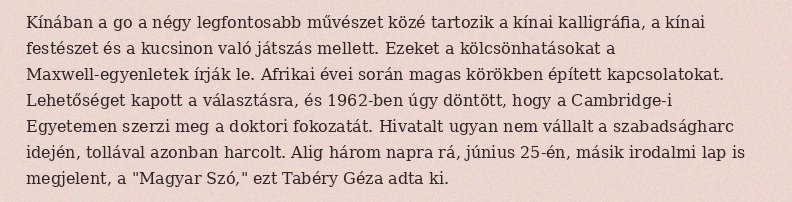
Kínában a go a négy legfontosabb művészet közé tartozik a kínai kalligráfia, a kínai festészet és a kucsinon való játszás mellett. Ezeket a kölcsönhatásokat a Maxwell-egyenletek írják le. Afrikai évei során magas körökben épített kapcsolatokat. Lehetőséget kapott a választásra, és 1962-ben úgy döntött, hogy a Cambridge-i Egyetemen szerzi meg a doktori fokozatát. Hivatalt ugyan nem vállalt a szabadságharc idején, tollával azonban harcolt. Alig három napra rá, június 25-én, másik irodalmi lap is megjelent, a "Magyar Szó," ezt Tabéry Géza adta ki.